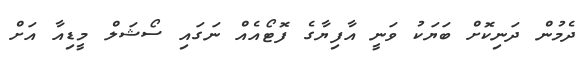
ދެމުން ދަނިކޮށް ބަޔަކު ވަނީ އާފިޔާގެ ފޮޓޯއެއް ނަގައި ސޯޝަލް މީޑިއާ އަށް